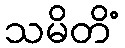
သမိတိံ